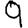
Digit: 9